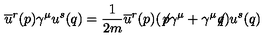
\overline { { u } } ^ { r } ( p ) \gamma ^ { \mu } u ^ { s } ( q ) = \frac { 1 } { 2 m } \overline { { u } } ^ { r } ( p ) ( \not { \! p } \gamma ^ { \mu } + \gamma ^ { \mu } \! \! \not { \! q } ) u ^ { s } ( q )